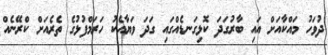
ދުވަހު މައްކާއަށް އައި ބާރުގަދަ ކޮޅިގަނޑެއްގައި ގަދަ ވަޔާއެކު ހަރަމްފުޅުގެ ތެރެއަށް ކްރޭނެއް